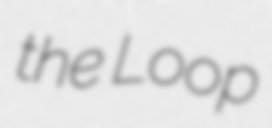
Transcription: the Loop